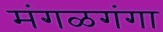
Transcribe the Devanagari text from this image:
मंगळगंगा